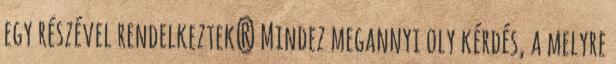
egy részével rendelkeztek? Mindez megannyi oly kérdés, a melyre